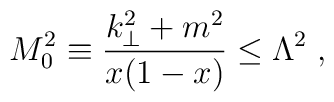
M_0^2  \equiv \frac{k_\perp^2 + m^2}{x (1-x)} \le \Lambda^2 \; ,